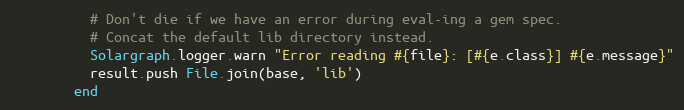
Language: Ruby
          # Don't die if we have an error during eval-ing a gem spec.
          # Concat the default lib directory instead.
          Solargraph.logger.warn "Error reading #{file}: [#{e.class}] #{e.message}"
          result.push File.join(base, 'lib')
        end